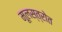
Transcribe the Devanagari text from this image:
मूलस्त्रोत